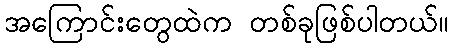
အကြောင်းတွေထဲက တစ်ခုဖြစ်ပါတယ်။